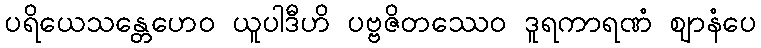
ပရိယေသန္တေဟေဝ ယူပါဒီဟိ ပဗ္ဗဇိတဿေဝ ဒူရကာရဏံ ဈာနံပေ